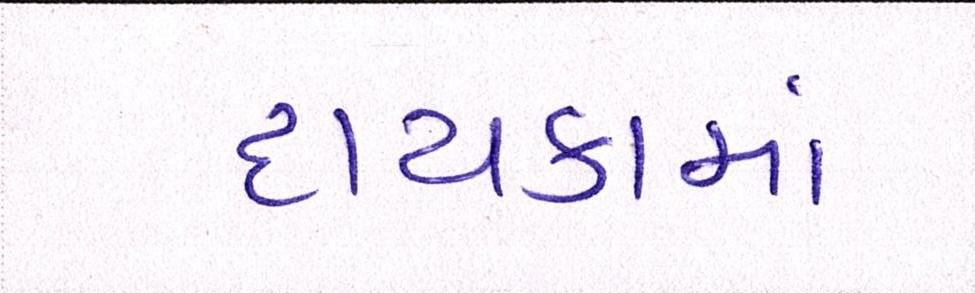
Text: દાયકામાં